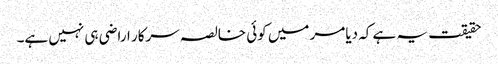
حقیقت یہ ہے کہ دیامر میں کوئی خالصہ سرکار اراضی ہی نہیں ہے۔